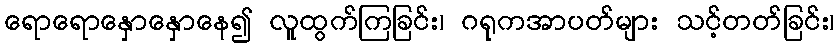
ရောရောနှောနှောနေ၍ လူထွက်ကြခြင်း၊ ဂရုကအာပတ်များ သင့်တတ်ခြင်း၊